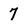
Character: 7